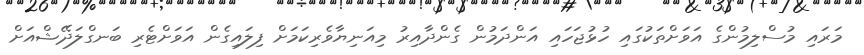
މަރައި މުސްލިމުންގެ އަވަށްތަކުގައި ހުޅުޖަހައި އަންދަމުން ގެންދާއިރު މިއަނިޔާވެރިކަމަށް ފިލައިގެން އަވަށްޓެރި ބަނގްލަދޭޝްއަށް